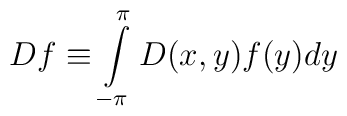
Df\equiv \int\limits_{-\pi }^{\pi }D(x,y)f(y)dy